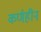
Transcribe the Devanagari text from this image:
कर्णहीन